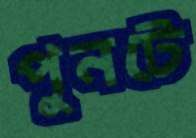
পুনটে